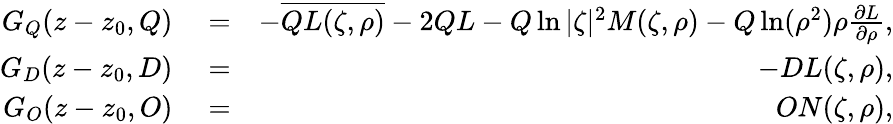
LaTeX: \begin{array}{rlr}{G_{Q}(z-z_{0},Q)}&{{}=}&{-\overline{{QL(\zeta,\rho)}}-2QL-Q\ln|\zeta|^{2}M(\zeta,\rho)-Q\ln(\rho^{2})\rho\frac{\partial L}{\partial\rho},}\\ {G_{D}(z-z_{0},D)}&{{}=}&{-DL(\zeta,\rho),}\\ {G_{O}(z-z_{0},O)}&{{}=}&{ON(\zeta,\rho),}\end{array}